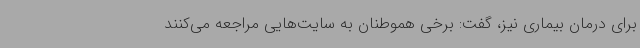
برای درمان بیماری نیز، گفت: برخی هموطنان به سایت‌هایی مراجعه می‌کنند